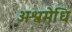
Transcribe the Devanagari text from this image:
अश्वमेधि